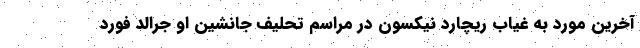
آخرین مورد به غیاب ریچارد نیکسون در مراسم تحلیف جانشین او جرالد فورد